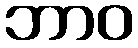
ဘာဝ